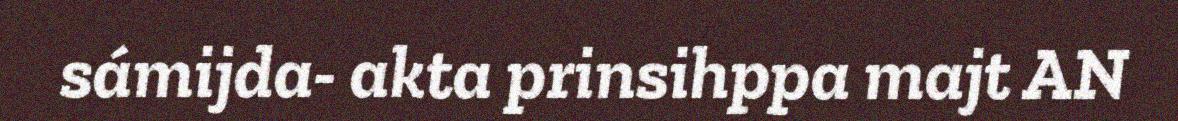
sámijda- akta prinsihppa majt AN